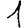
Digit: 1